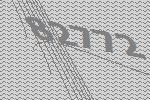
82772